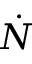
\dot { N }